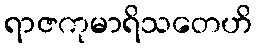
ရာဇကုမာရိသတေဟိ